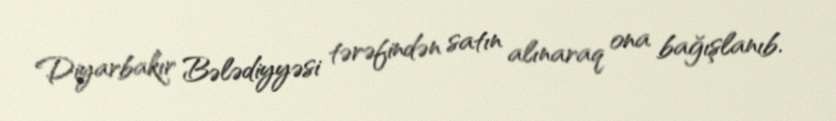
Diyarbakır Bələdiyyəsi tərəfindən satın alınaraq ona bağışlanıb.